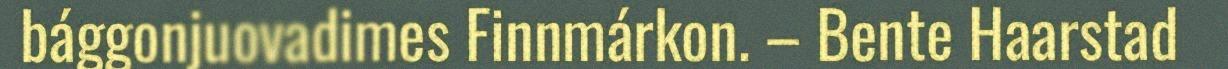
bággonjuovadimes Finnmárkon. – Bente Haarstad